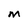
Character: M